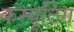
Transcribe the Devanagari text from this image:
कम्यूटिंग